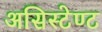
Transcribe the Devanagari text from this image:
असिस्टेण्ट